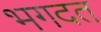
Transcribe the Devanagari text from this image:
भगदत